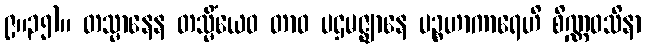
၉။၃၅)။ တသ္မာနေန တသ္မိံယေဝ တာဝ ပဌမဇ္ဈာနေ ပဉ္စဟာကာရေဟိ စိဏ္ဏဝသိနာ